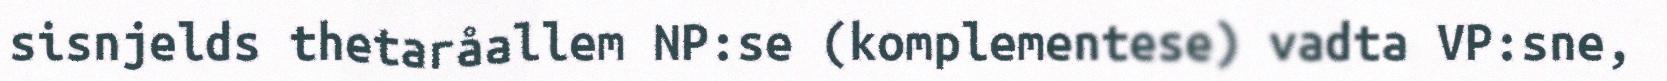
sisnjelds thetaråallem NP:se (komplementese) vadta VP:sne,